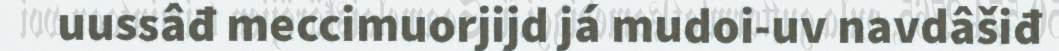
uussâđ meccimuorjijd já mudoi-uv navdâšiđ